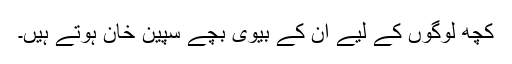
کچھ لوگوں کے لیے ان کے بیوی بچے سپین خان ہوتے ہیں۔